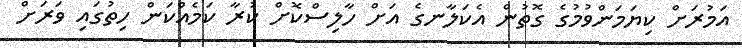
އަމުރަށް ކިޔަމަންވުމުގެ ގޮތުން އެކަލާނގެ އަށް ހާލިސްކޮށް ކުރާ ކަމެއްކަން ހިތުގައި ވަރަށް